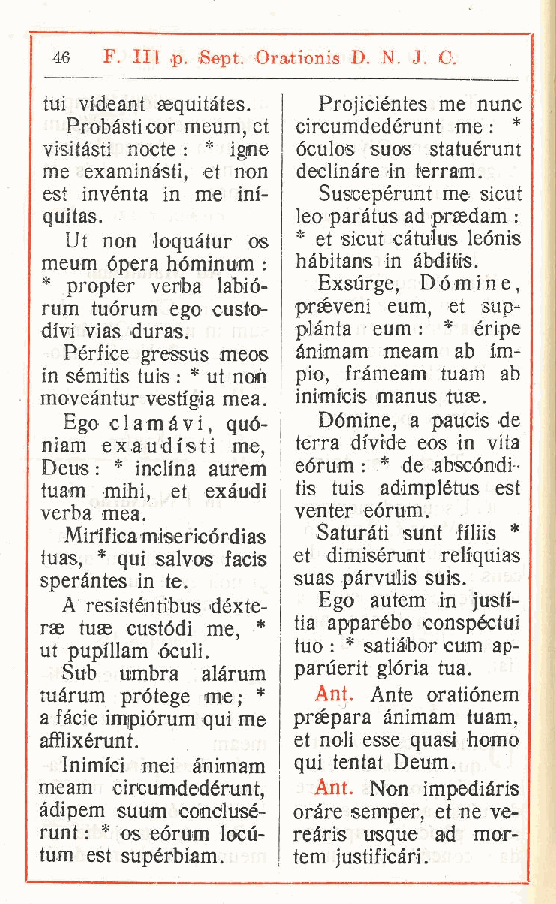
46  F Ili ,p. Sept. Orationis D. N. J. C.
 .
 tui videant eequitàtes. Projiciéntes me nunc
 Probàsti cor meum et circumdedérunt me : *
 ,
 visitasti nocte : * igne óculos suos statuérunt
 me examinàsti, et non declinare in terram.
 est inventa in me ini- Suscepérunt me sicut
 quità®.          leo paràtus ad praedam :
 Ut non loquàtur os * et sicut càtulus leónis
 meum opera hóminum : hàbitans in àbditis.
 * propter verba labió- Exsurge, Dòmine,
 rum tuórum ego custo- praèveni eum, et sup-
 divi vias duras. piànta eum : * éripe
 Pérfice gressus meos ànimam meam ab im-
 in sémitis tuis : * ut non pio, fràmeam tuam ab
 moveàntur vestigia mea. inimicis manus tuae.
 Ego clamavi quó- Dòmine a paucis de
 niam exaudist, i me terra divid, e eos in vita
 Deus : * inclina aurem, eòrum : * de abscóndi .
 tuam mihi, et exàudi tis tuis adimplétus est
 verba mea.      venter eórum.
 Miifica misericórdias Saturàti sunt filiis *
 tuas, * qui salvos facis et dimisérunt reliquias
 speràntes in te. suas pàrvulis suis.
 A resisténtibus déxte- Ego autem in justi-
 rae tuae custòdi me * tia apparébo conspéctui
 ut pupillam óculi. , tuo : * satiàbor cum ap-
 Sub umbra alàrum paruerit glòria tua.
 tuàrum prótege me; * Ant. Ante oratiònem
 a fàcie impiórum qui me prsepara ànimam tuam,
 alixérunt.      et noli esse quasi homo
 Inimici mei ànimam qui tentai Deum.
 meam circumdedérunt Ant. Non impediàris
 ,
 àdipem suum conclusé- oràre semper, et ne ve-
 runt : * os eórum locu- reàris usque ad mor-
 tum est supérbiam. tem justificàri.
 ff
 r